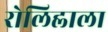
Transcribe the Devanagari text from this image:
रोलिह्लाला